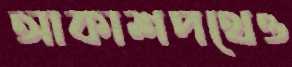
আকাশপথেও